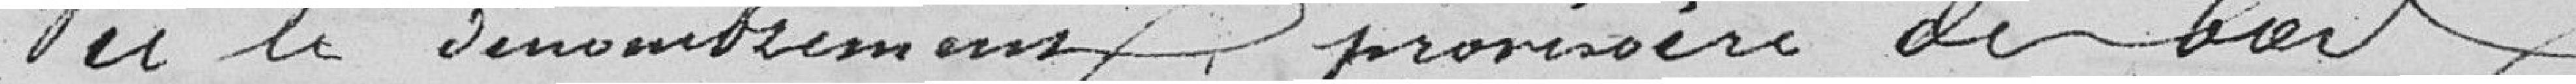
Vu le dénombrement provisoire de bois